Bréfritari: Jakobína Jónsdóttir
Viðtakandi: Sólveig Jónsdóttir
Dagsetning: A-1853-03-07
Skrifað á: Hólmum  S-Múl.
systir bréfviðtakanda

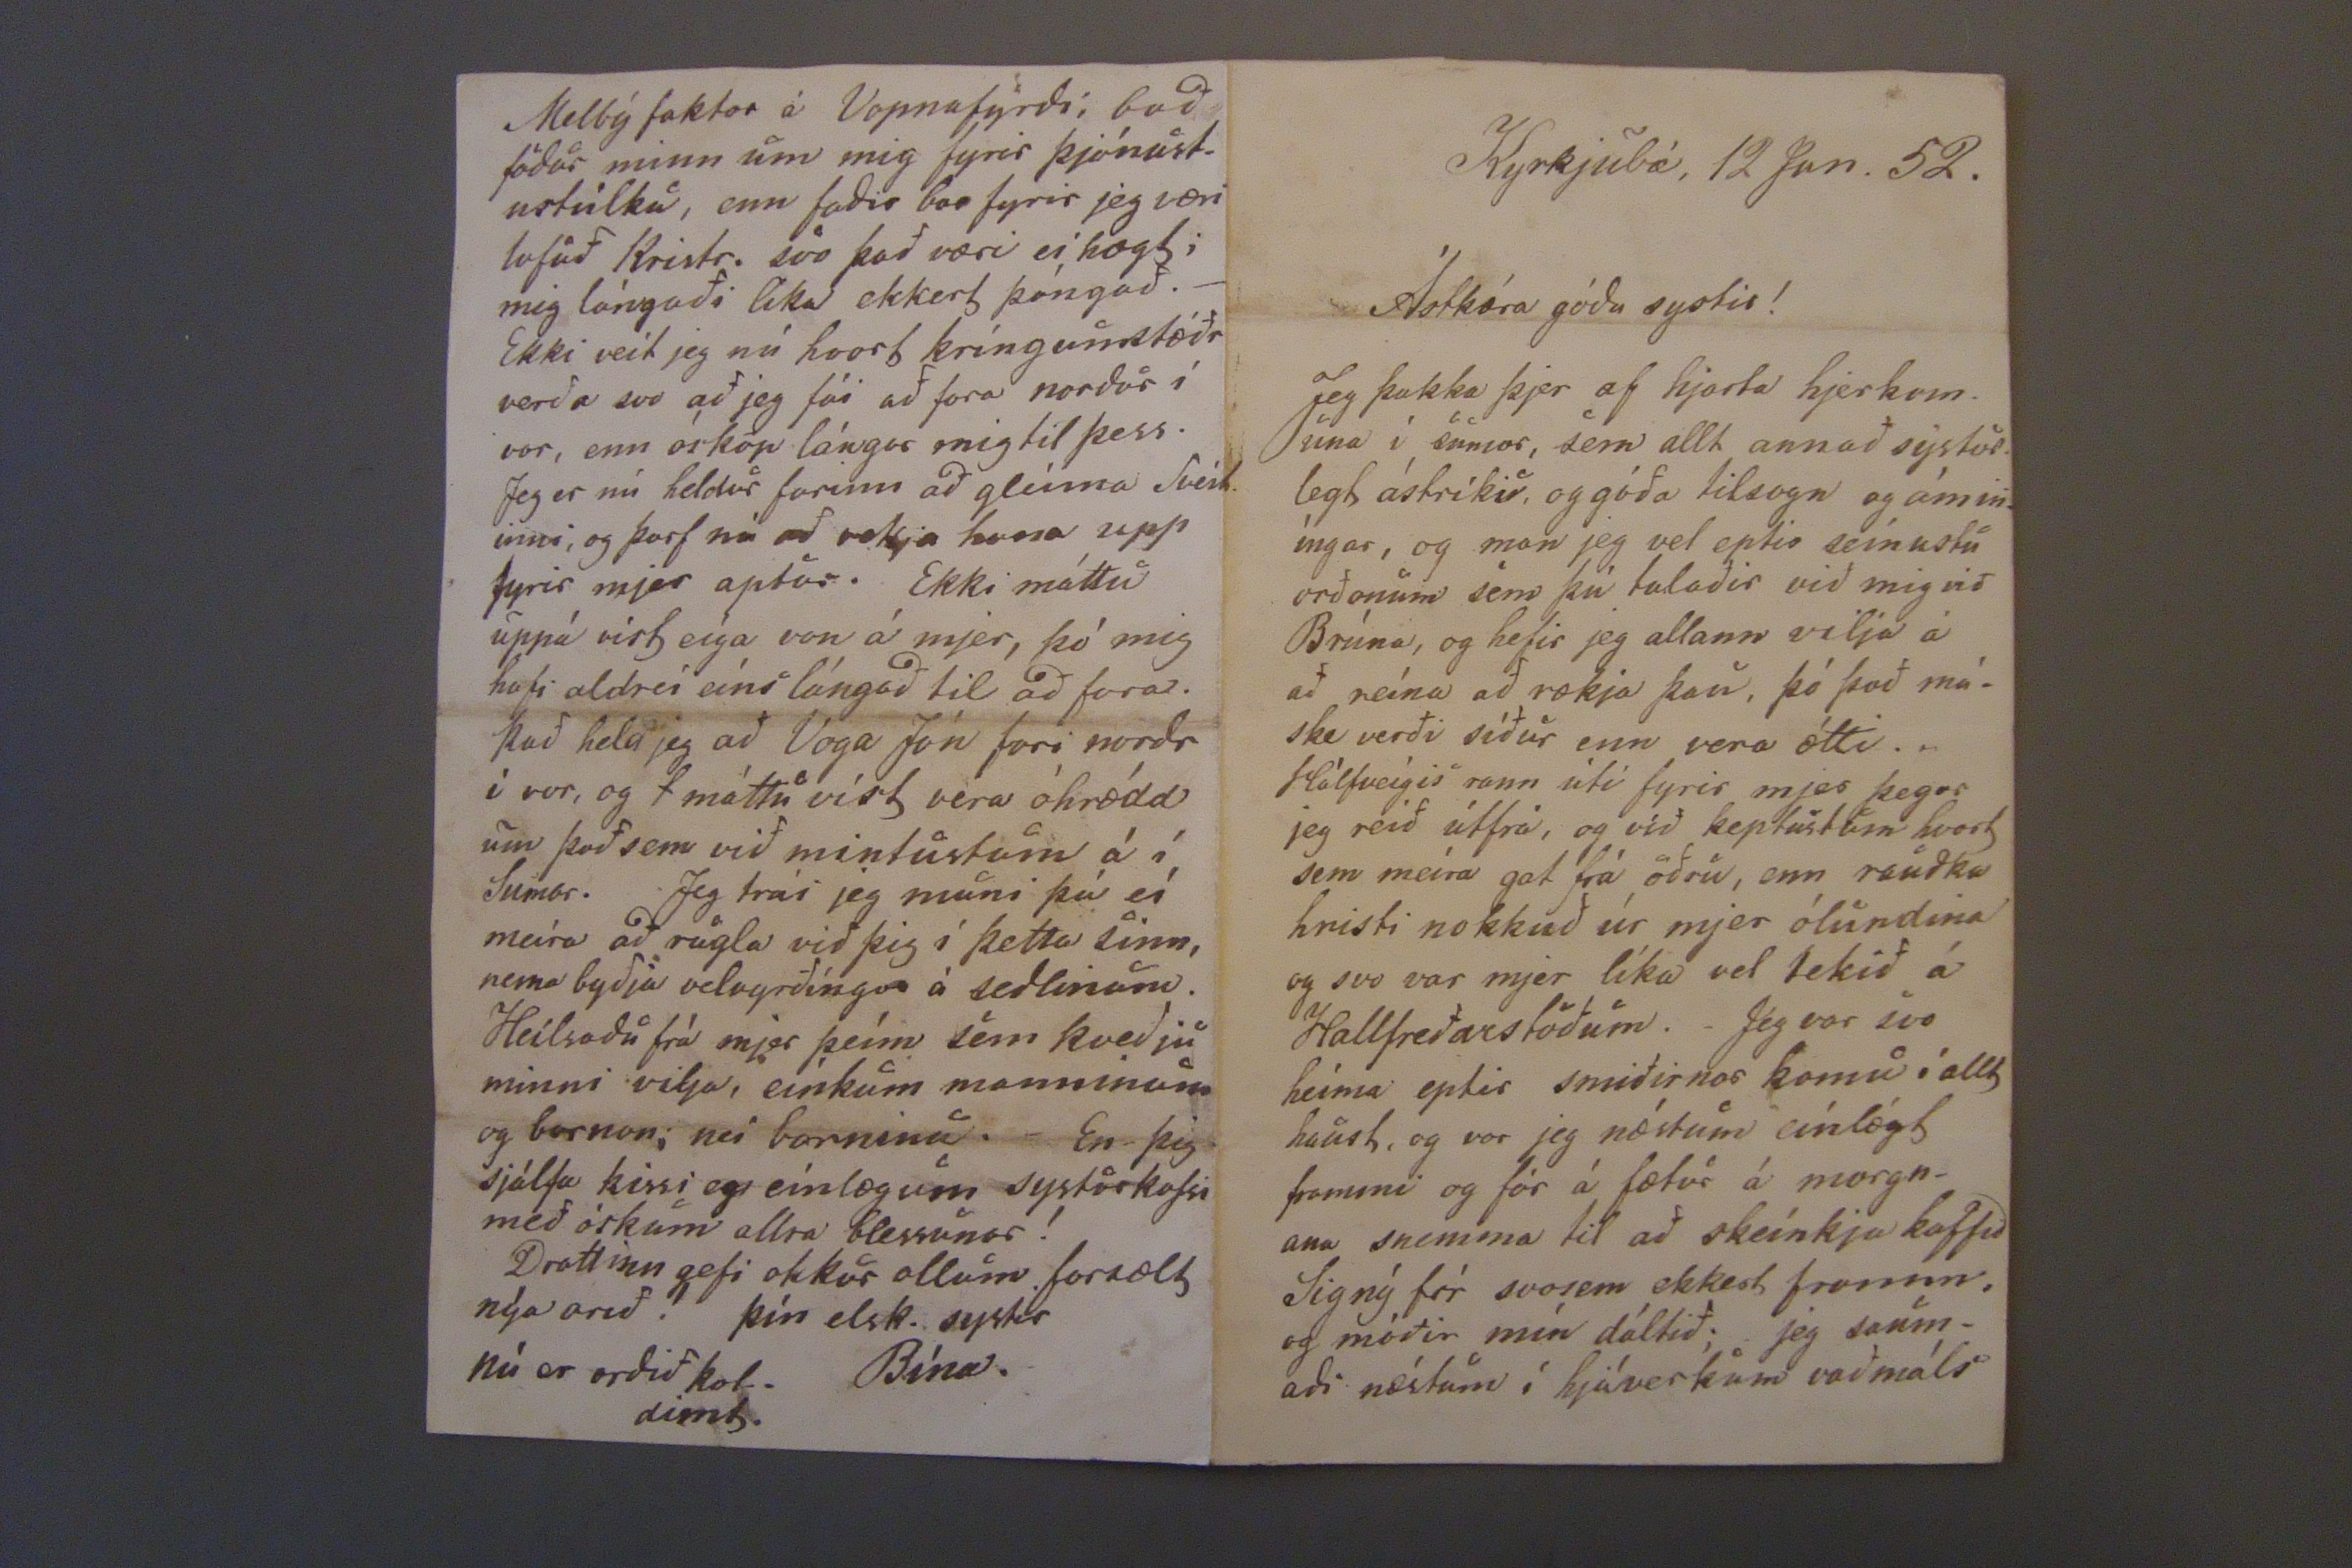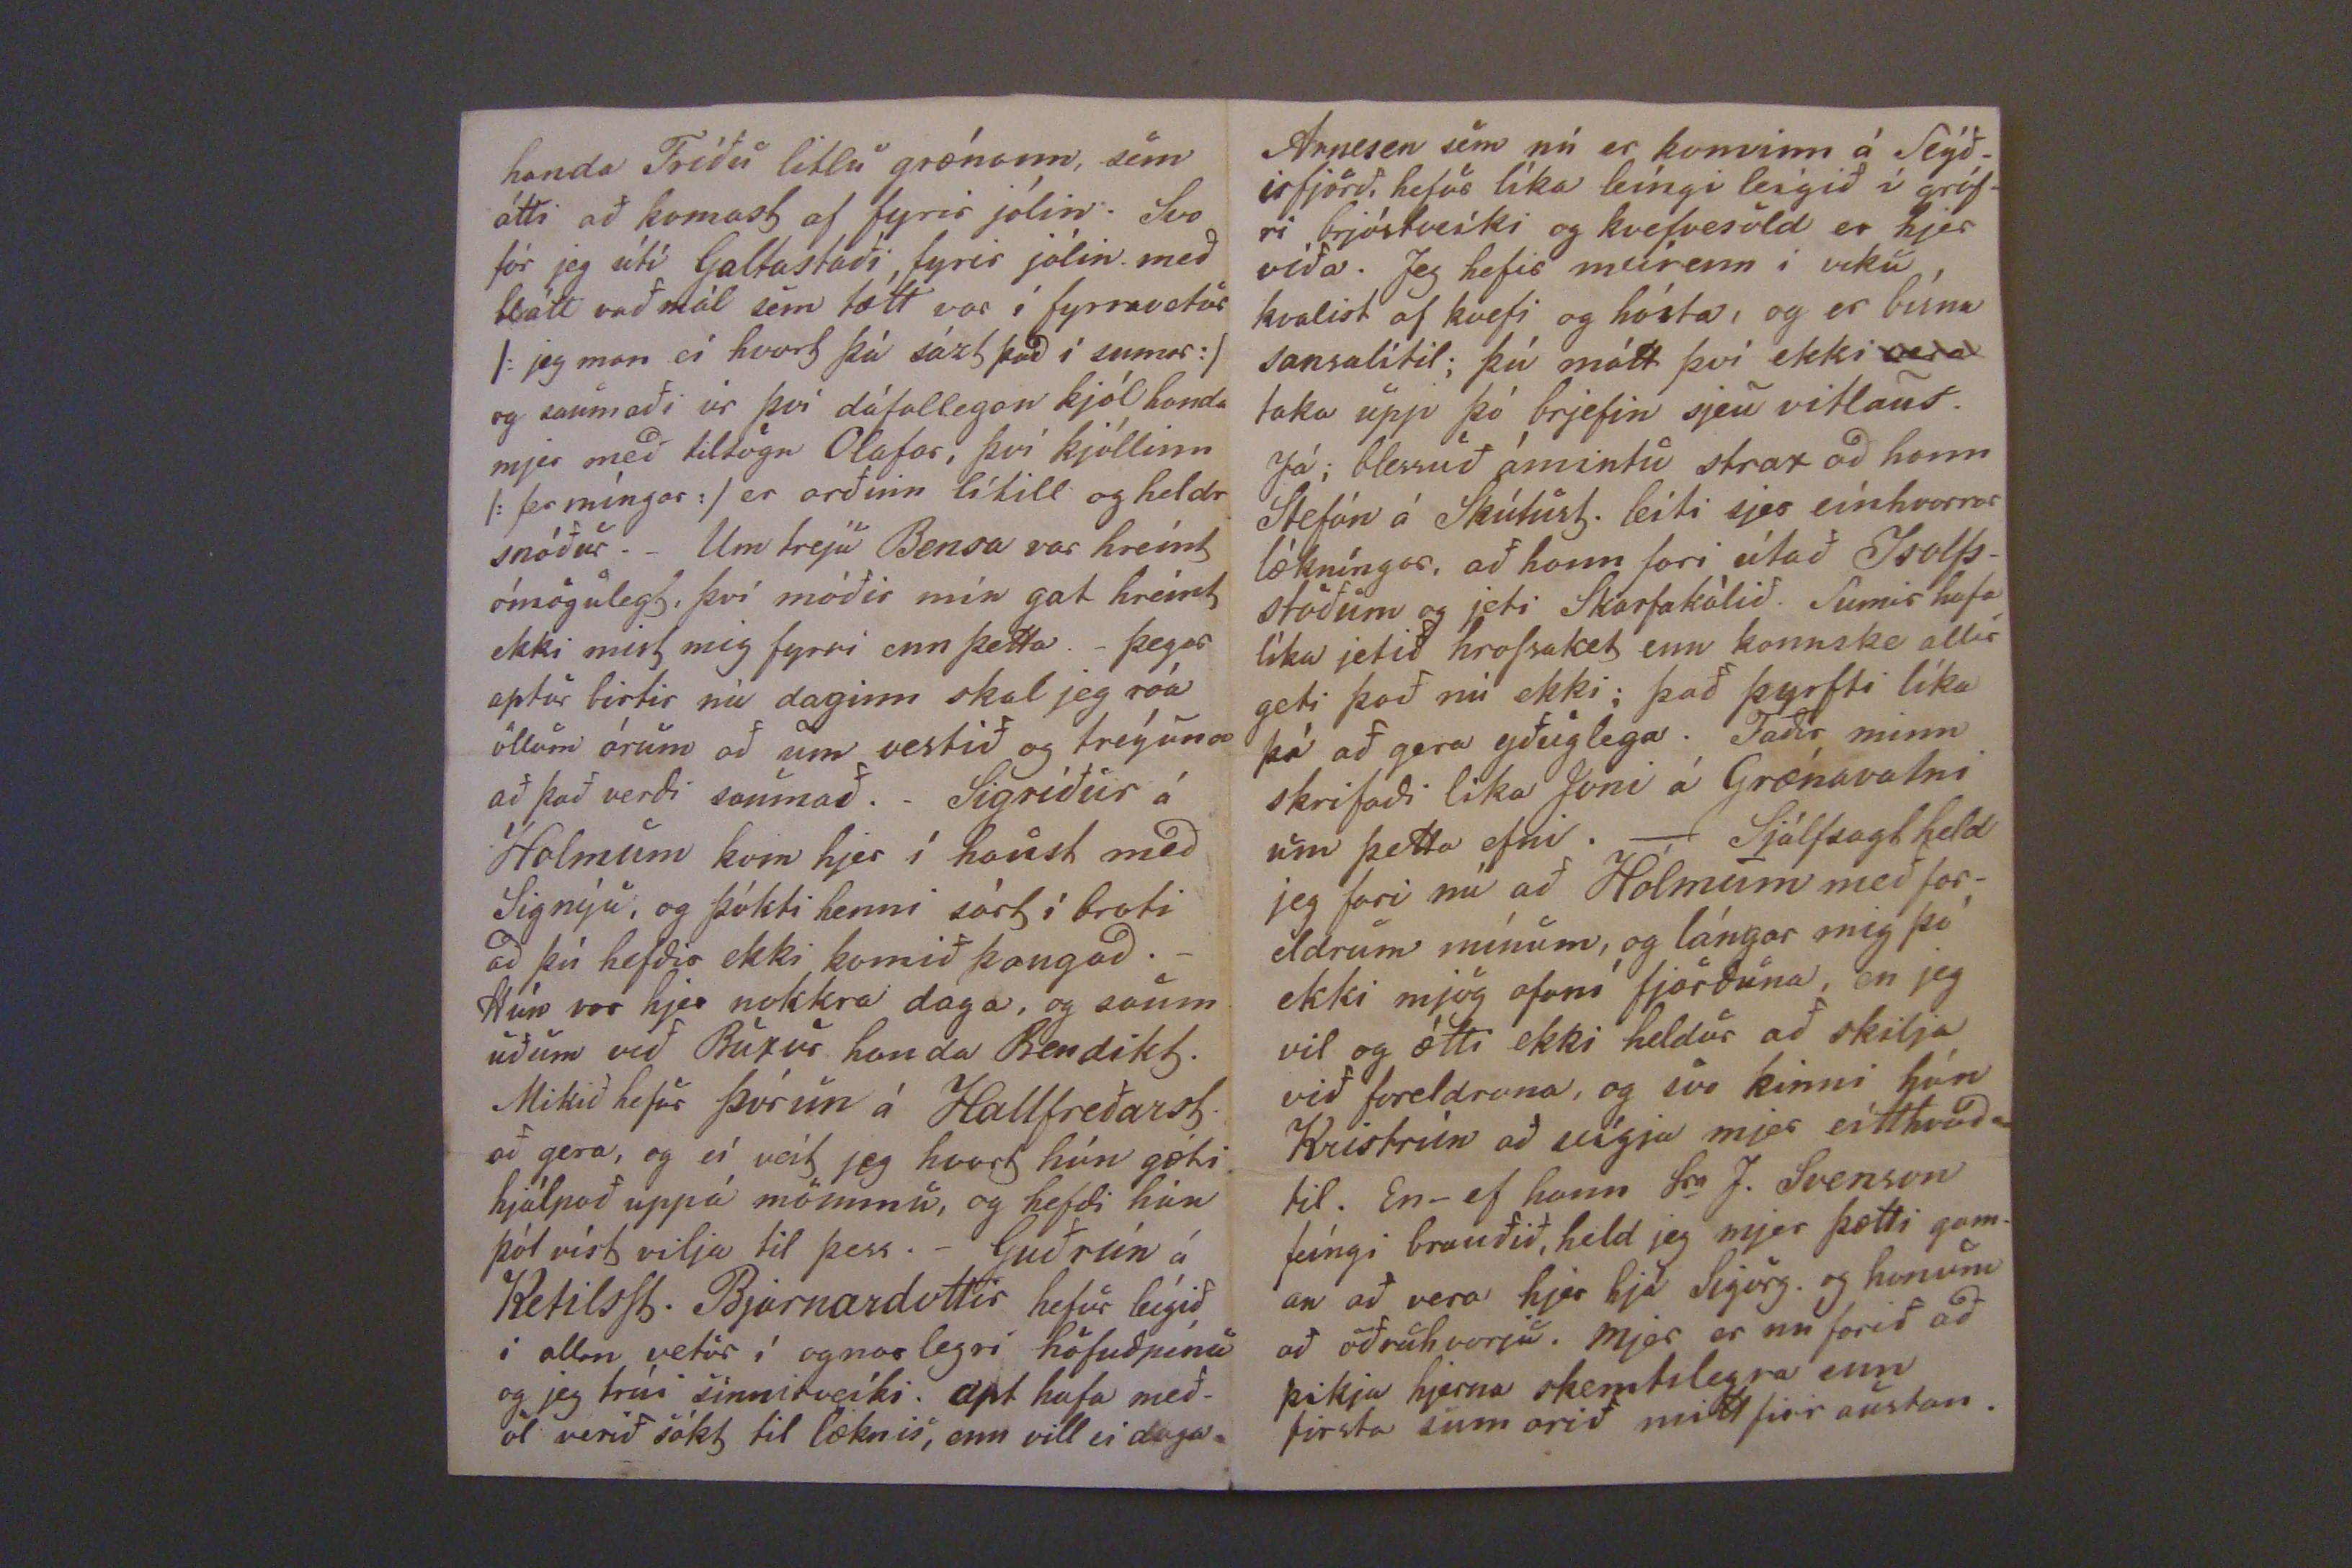

Hólmum, 7. marz 1853.
Astkæra systir!
Hafðu innilegustu þökk fyrir brjefið með Jóni eíns og allt! VIð getum ekki nema svo fáum skrifað núna því tímin er naumur. jeg var í gærkveld að keppast við brjef til Hólmfríðar systir; hún skrifaði nú með pósti og lætur vel að sjer. Þau vilja ekki fara þarna í burtu því fólkinu þikir svo vænt um þau, enda er ekki að vita, fyst þeim liður þannig að þau yrðu hamingjudrjúgari annar Staðar. Þaug eru víst í bezta lagi ánægð, og það er,- segir Hólmfríður- á við nokkra ríkisdali. I vor byggðu þau baðStofu, og í sumar helt hann útí skipi, fekk
G tunnur lísir
hver á 24
rkdl.
Ekki eru enþá fleiri börnin en Stefán og Steinun.
Okkur líður ollum vel hjerna; heilsan góð og ekkert bjátar á.
Bregð,
bróðir okkar bregður aldrei útaf liðsemi sinni og stillíngu; Hann er nú að leggja út Wallín,
eptir
þenna svenzka höfund útlögð á Dönsku, og hefir víst í hyggju að gefa hann út, enda hefir Björn mágu hans á Akureýri mikið örfað hann til þess. Það verður ljómandi bók til helgidaga lestra. Hann hefir líka útlagt nokkrar sogur úr þjóðversku og kvæði úr dönsku; gjörir hann það fljótt og mjer finst vel. Benidikt bróðir er nú hjer á Eskifyrði hjá Þorgrími snikkara að æfa sig í trje smíði og líkar vel við hann. Það sem þú minnist á í brjefi til móðir minnar
um
hann, held jeg að mestuleiti flugufregn. Það kann samt litið að vera hæSt í því fátt er hreint ástæðu laust. Verið getur að ást hans hafi hneigst að einhverjum kvennmanni en engin merki þess held jeg ljáist enn. Jeg skal sýðar skýra þjer betur frá því. Hann verður svona
Maddama Solveig Jónsdóttir
Gautlöndum
hjá Sigurgeiri eptirleiðis. Sigurður er nú farin að huxa um giptíngar eíns og aðrir góðir menn og fer Stúlka hans híngað í vor; það má næstum segja um þetta "allrar veraldar vegur víkur að sama púnkt." Ekki get jeg sagt með vissu hvort jeg komi í vor þó mig lángi til þess, það er svo bágt að segja um það og "standa í stað". Foreldrar mínir byðja nú astfyllst ad heilsa og báðu mig afsaka að þau skrifuðu ekki því
þegar ferðbúinn; hann getur sagt
Fyrirgefðu nú, systir góða
harla
fátækan miða. Mjer finst einhver
á skinsemi minni núna eða einvher
leg sálarfátækt, enda er bæði vefslátt og
að "forstyrra" mig.
Drottin forsæli þig og þína og leíði
lou
engilhreínu heim til sín!
ávalt elski systir þín
Caról Jacobína